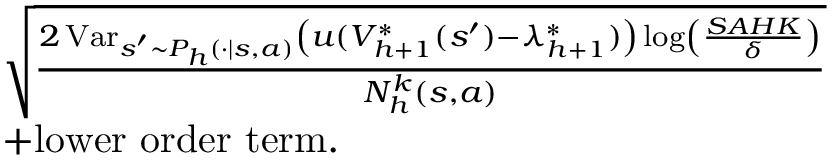
\begin{array} { r l } & { \sqrt { \frac { 2 \operatorname { V a r } _ { s ^ { \prime } \sim P _ { h } ( \cdot \vert s , a ) } \left( u ( V _ { h + 1 } ^ { * } ( s ^ { \prime } ) - \lambda _ { h + 1 } ^ { * } ) \right) \log \left( \frac { S A H K } { \delta } \right) } { N _ { h } ^ { k } ( s , a ) } } } \\ & { + \mathrm { l o w e r ~ o r d e r ~ t e r m } . } \end{array}